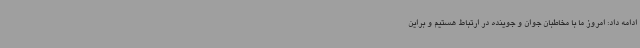
ادامه داد: امروز ما با مخاطبان جوان و جوینده در ارتباط هستیم و براین